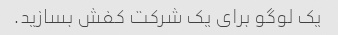
یک لوگو برای یک شرکت کفش بسازید.